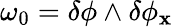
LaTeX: \omega_{0}=\delta\phi\wedge\delta\phi_{\mathbf{x}}